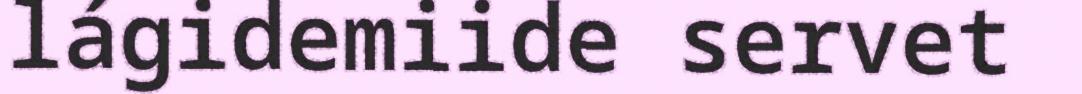
lágidemiide servet